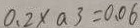
0 . 2 \times a 3 = 0 . 0 6